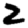
Digit: 2